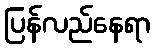
ပြန်လည်နေရာ